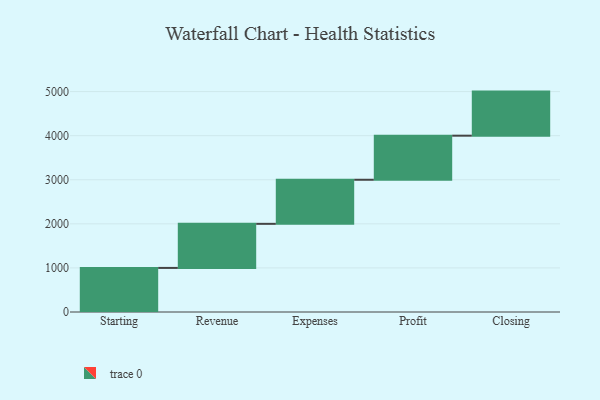
{"axis": {"x": "Step", "y": "Value"}, "legend": [""], "data": [{"x": "Starting", "y": 1000, "type": ""}, {"x": "Revenue", "y": 1000, "type": ""}, {"x": "Expenses", "y": 1000, "type": ""}, {"x": "Profit", "y": 1000, "type": ""}, {"x": "Closing", "y": 1000, "type": ""}]}